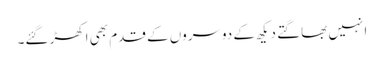
ا نہیں بھاگتے دیکھ کے دوسروں کے قدم بھی اکھڑ گئے۔